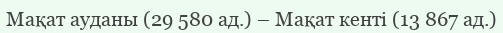
Мақат ауданы (29 580 ад.) – Мақат кенті (13 867 ад.)